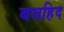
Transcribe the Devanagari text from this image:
बवहिद